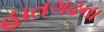
હાતગઢના